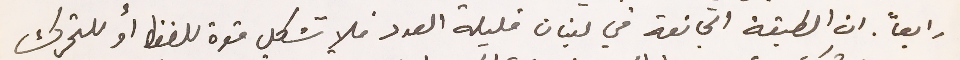
رابعاً. ان الطبقة الجائعة في لبنان قليلة العدد فلا تشكل قوة للضغط أو للتحرك